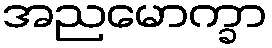
အညမောက္ခာ